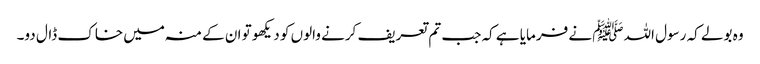
وہ بولے کہ رسول اللہﷺ نے فرمایا ہے کہ جب تم تعریف کرنے والوں کو دیکھو تو ان کے منہ میں خاک ڈال دو۔